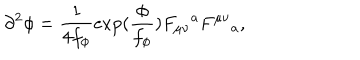
LaTeX: \partial ^ { 2 } \phi = \frac { 1 } { 4 f _ { \phi } } \exp ( \frac { \phi } { f _ { \phi } } ) F _ { \mu \nu } { } ^ { a } F ^ { \mu \nu } { } _ { a } ,